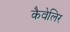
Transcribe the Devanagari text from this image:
कैवेलिर